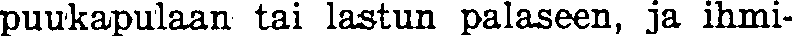
puukapulaan tai lastun palaseen, ja ihmi-